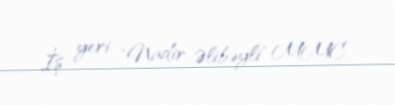
İş yeri: "Nadir Əlibəyli" MMC